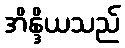
အိန္ဒိယသည်